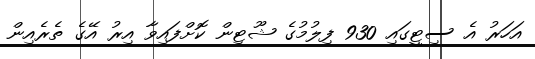
އަހަރު އެ ސިޓީގައި 930 ފިލުމުގެ ޝޫޓިން ކޮށްފައިވާ އިރު އޭގެ ތެރެއިން